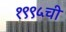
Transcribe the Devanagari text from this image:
१९९५ची